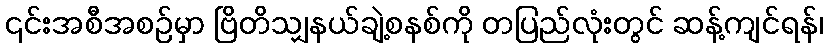
၎င်းအစီအစဉ်မှာ ဗြိတိသျှနယ်ချဲ့စနစ်ကို တပြည်လုံးတွင် ဆန့်ကျင်ရန်၊